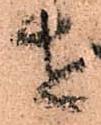
せ